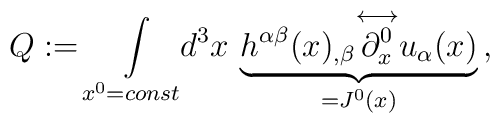
Q:=\int\limits_{x^0 =const}\!\! d^{3}x\,\underbrace{ h^{\alpha\beta}(x)_{,\beta} {\stackrel{\longleftrightarrow}{ \partial_{x}^{0} }} u_{\alpha}(x)}_{=J^{0}(x)}\, ,